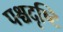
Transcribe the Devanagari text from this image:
पश्चदृष्टि